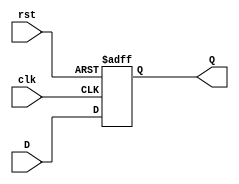
module dff(
    input D,
    input clk,
    input rst,
    output reg Q
    );
 
always @ (posedge(clk), posedge(rst))
begin
    if (rst)
        Q <= 1'b0;
    else
            Q <= D;
end
endmodule